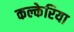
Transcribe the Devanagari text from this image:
कल्केरिया